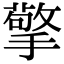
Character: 擎